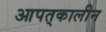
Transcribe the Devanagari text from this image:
आपत्‌कालीन